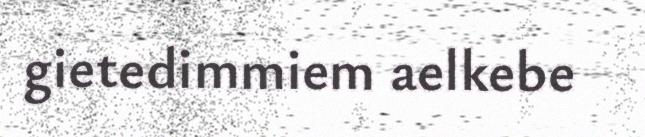
gietedimmiem aelkebe